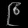
Digit: ၉